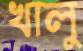
খালু